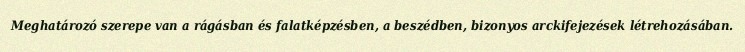
Meghatározó szerepe van a rágásban és falatképzésben, a beszédben, bizonyos arckifejezések létrehozásában.